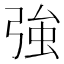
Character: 強